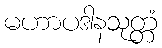
မဟာပဒါနသုတ္တံ